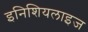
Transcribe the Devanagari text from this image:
इनिशियलाइज